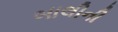
બાલીની